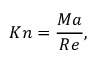
K n = \frac { M a } { R e } ,